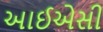
આઈએસી